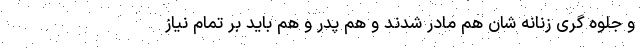
و جلوه گری زنانه شان هم مادر شدند و هم پدر و هم باید بر تمام نیاز